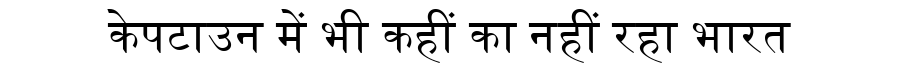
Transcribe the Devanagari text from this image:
केपटाउन में भी कहीं का नहीं रहा भारत